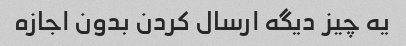
یه چیز دیگه ارسال کردن بدون اجازه